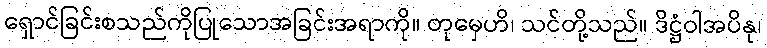
ရှောင်ခြင်းစသည်ကိုပြုသောအခြင်းအရာကို။ တုမှေဟိ၊ သင်တို့သည်။ ဒိဋ္ဌံဝါအပိနု၊